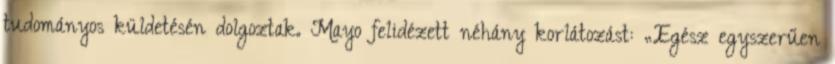
tudományos küldetésén dolgoztak. Mayo felidézett néhány korlátozást: „Egész egyszerűen